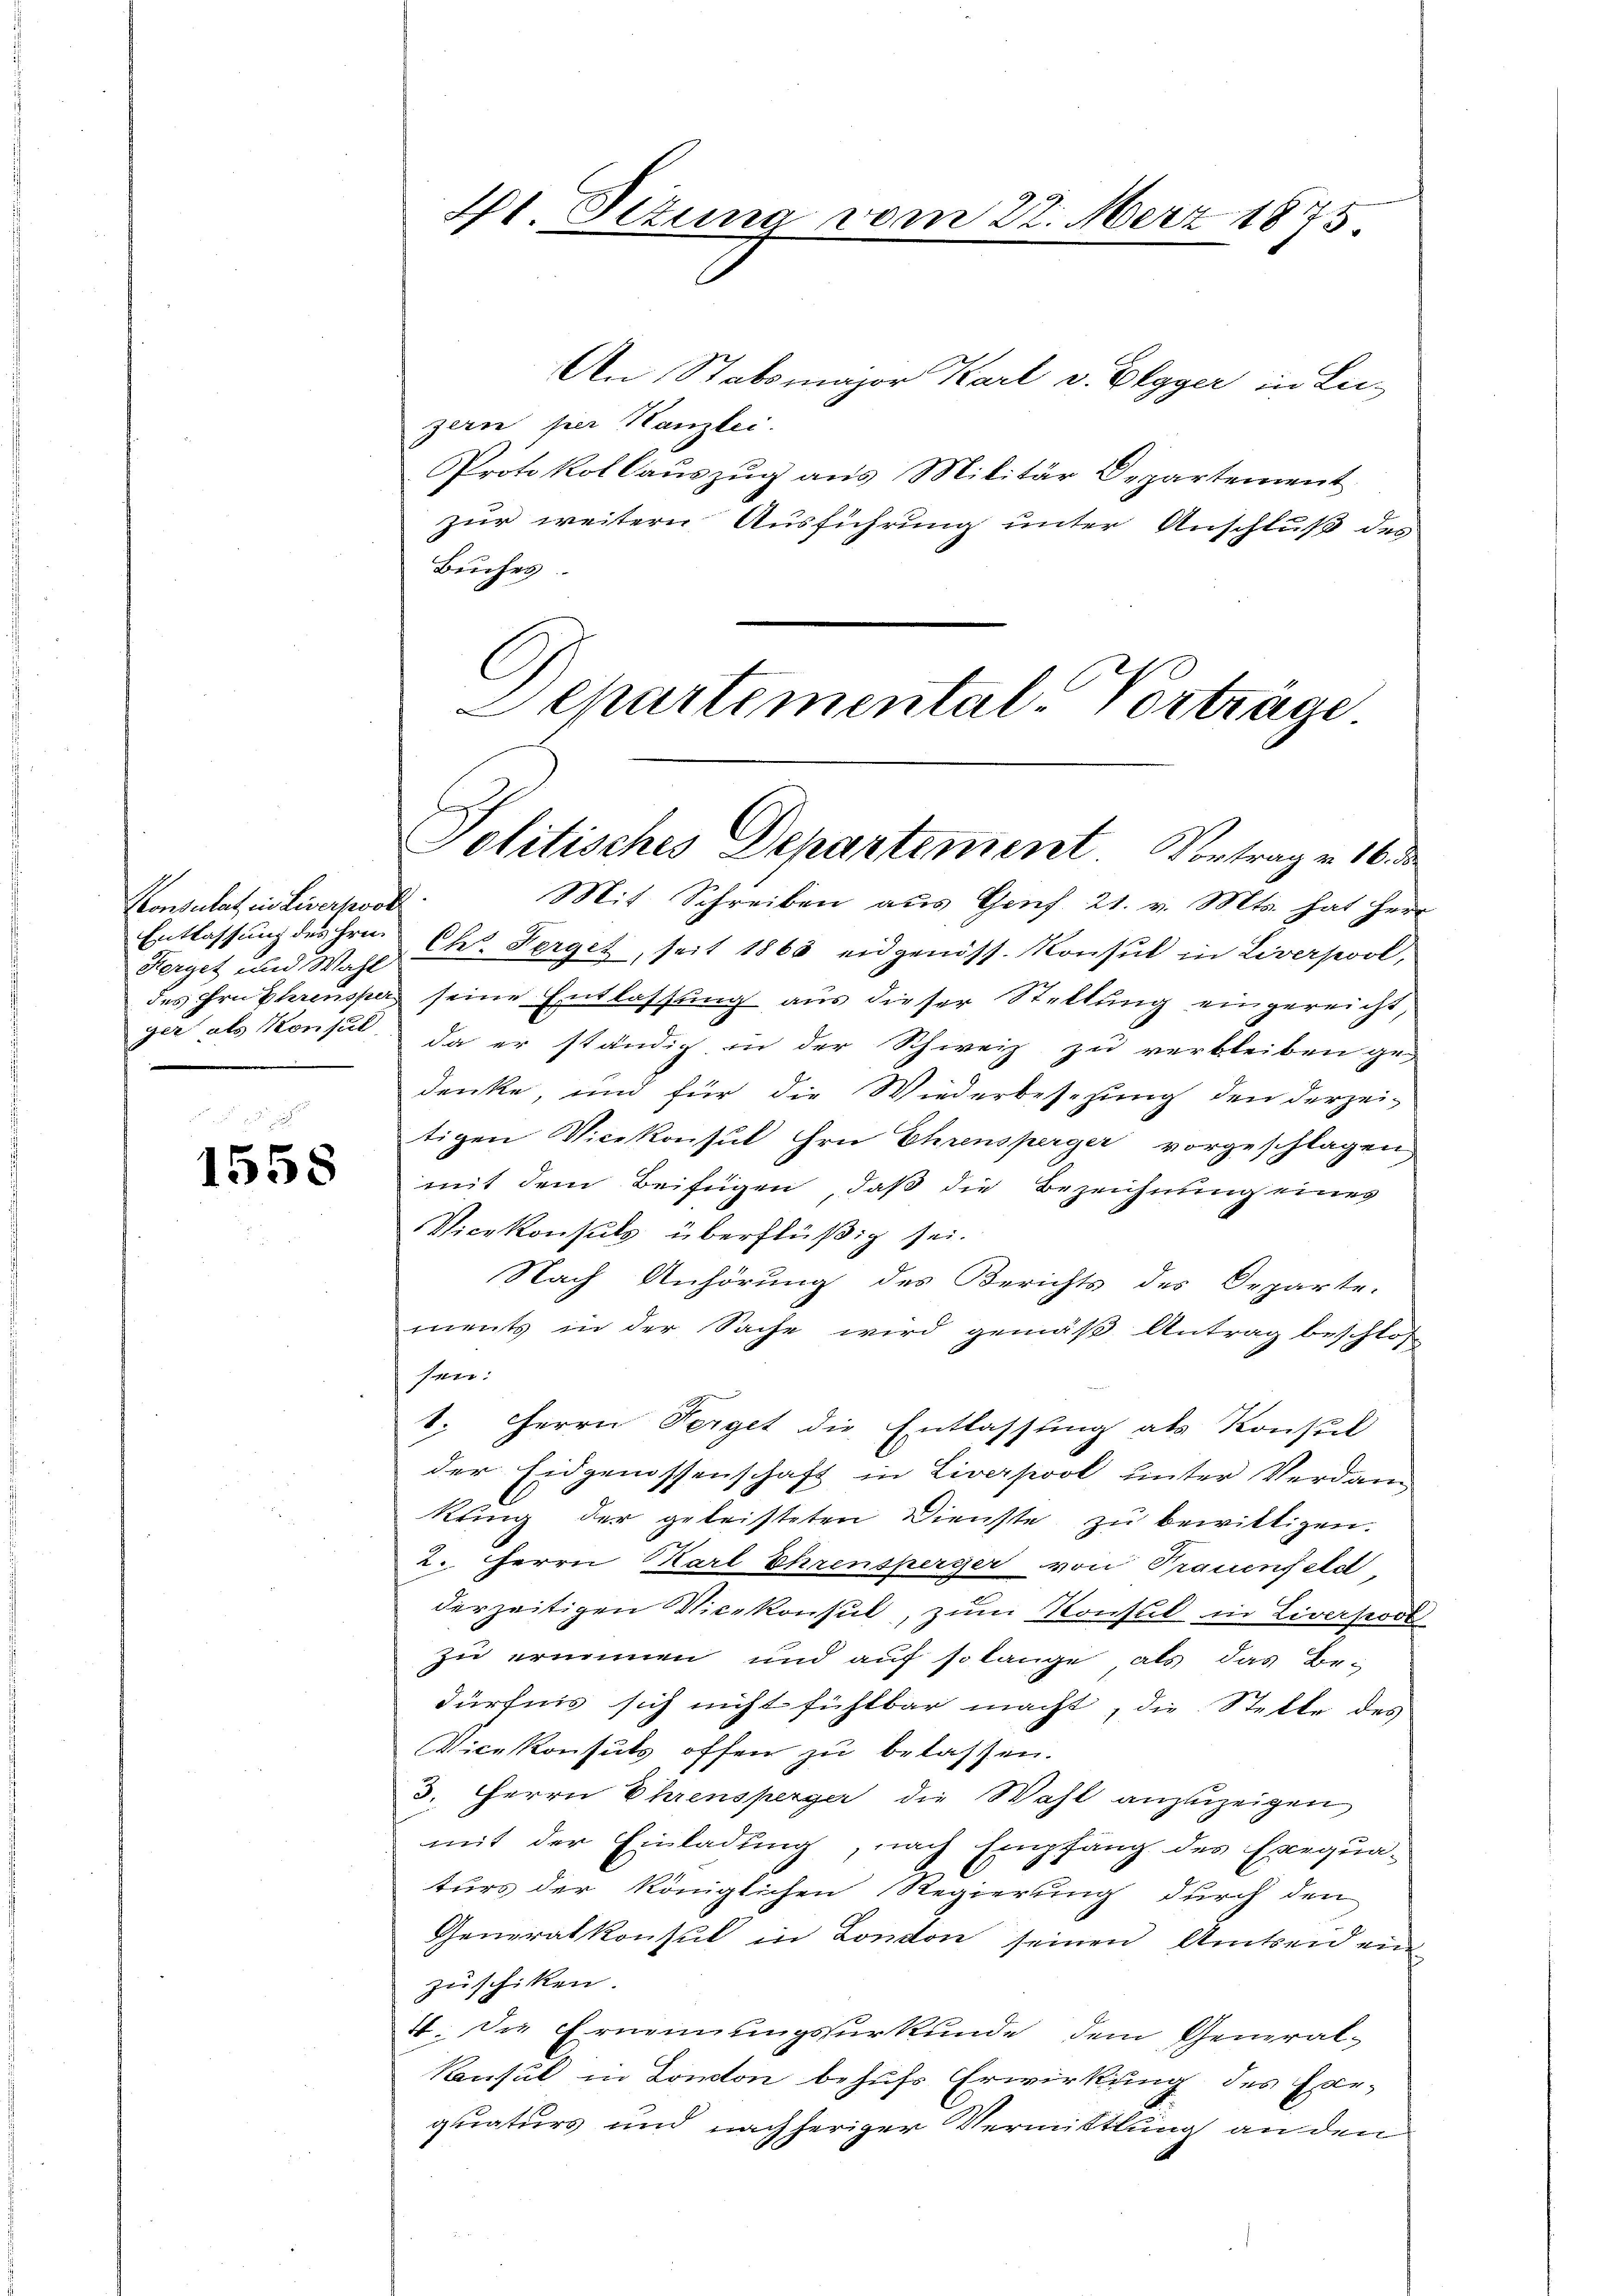
Konsulat, in Liverpool
Entlassung des Hrn.
Herget und Wahl

1558

4t. Sizung vom 27. März 1875

Politisches Departement Vortrag v. 16 de

An Stabsmajor Karl v. Elgger in Lu-
zern per Kanzlei.
Protokollauszug aus Militär Departement
zur weitern Ausführung unter Anschluß des
Buches
C
Departemental-Vortrage

Mit Schreiben aus Genf. 21. v. Mts. hat Herr
Ch. Sorget, seit 1868 eidgenöss. Konsul in Liverpool,
des Frührensper seine Entlassung aus dieser Stellung eingereicht,
ger als Konsul da er ständig in der Schweiz zu verbleiben ge-
denke, und für die Wiederbesezung den derzei-
tigen Vicekonsul ihre Ehrensperger vorgeschlagen
mit dem Beifügen, daß die Bezeichnung eines
Vicekonsuls überflüßig sei.
Nach Anhörung des Berichts des Departe.
ments in der Sache wird gemäß Antrag beschlos
:
1. Herrn Perget die Entlassung als Konsul
der Eidgenossenschaft in Liverpool unter Verdan
kung der geleisteten Dienste zŭ bewilligen.
2.. Herrn Karl Ehrensperger von Trauenfeld
derzeitigen Vicekonsul, zŭm Konsul in Liverpool
zu erinnen und auf so lange, als das Bedürfnis sich nicht fühlbar macht, die Stelle des
Vicekonsuls offen zu belassen.
3. Herrn Ehrensperger die Wahl anzuzeigen
mit der Einladung, nach Empfang des Exequa-
turs der königlichen Regierung durch den
Generalkonsul in London seinen Amtseid ein
zuschiken.
1. Die Ernennungsurkunde dem General-
Konsul in London behufs Erwirkung des Exe-
quaturs und nachheriger Vermittlung an den